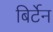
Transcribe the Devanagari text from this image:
बिर्टेन